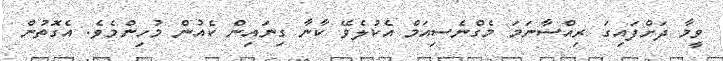
ވީމާ ދަށްފައިގަ ރިއްސާނަމަ މެގްނެސިއަމް އެކުލެވޭ ކާނާ ގިނައިން ކެއުން މުހިންމެވެ. އެގޮތުން